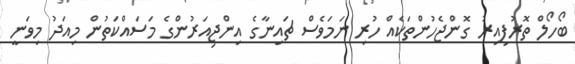
ބޯހޯލް ތޮރުފިއިރު ގޮންޖެހުންތަކެއް ހުރި ނަމަވެސް ޗައިނާގެ އިންޖިއަރުންގެ މަސައްކަތުން މިއަދު މިވަނީ